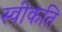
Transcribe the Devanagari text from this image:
स्वीकति